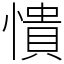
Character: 憒